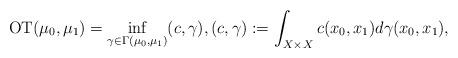
LaTeX: \begin{align*}{\rm OT}(\mu_0,\mu_1) = \inf_{\gamma \in \Gamma(\mu_0,\mu_1)}(c,\gamma), (c,\gamma):= \int_{X\times X}c(x_0,x_1)d\gamma(x_0,x_1),\end{align*}